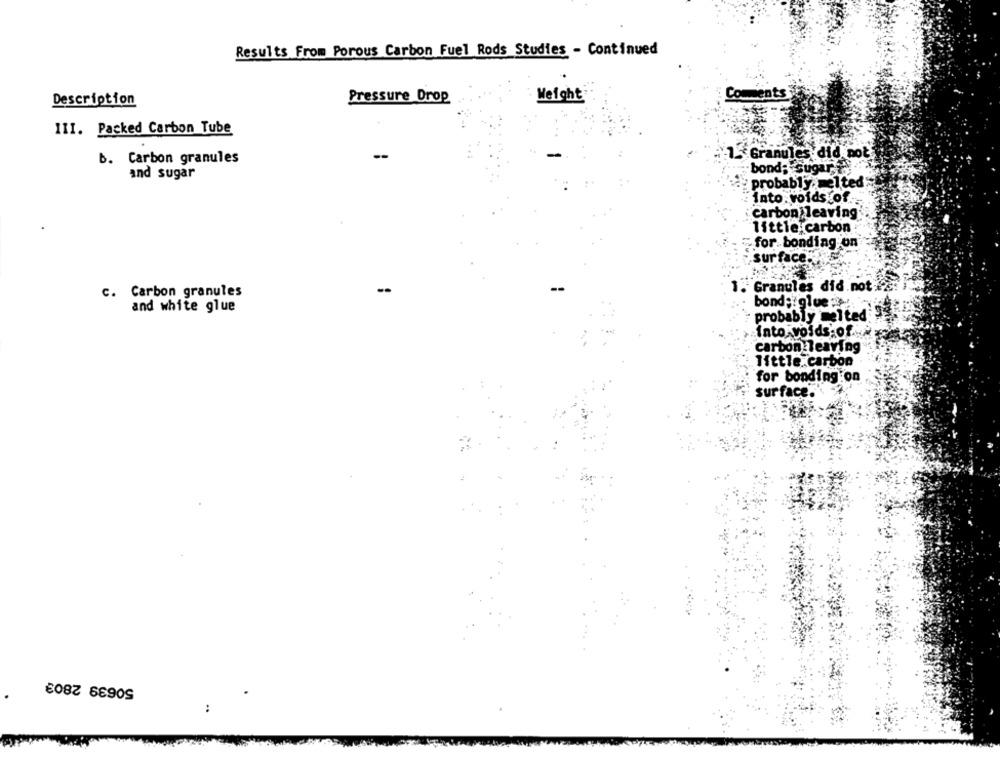
Results From Porous Carbon Fuel Rods Studies - Continued
Pressure Drop
Weight
Comments
Description
III. Packed Carbon Tube
b. Carbon granules
1. Granules did not
and sugar
bond; sugar
probably. melted
into voids of
carbon leaving
little carbon
for bonding on
surface.
1. Granules did not:
c. Carbon granules
bond; glue
and white glue
probably melted
Into volds:of ...
carbon leaving
little carbon
for bonding on
sur face.
50639 2803
: